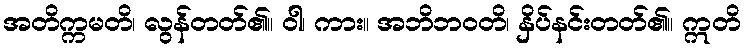
အတိက္ကမတိ၊ လွန်တတ်၏။ ဝါ၊ ကား။ အဘိဘဝတိ၊ နှိပ်နင်းတတ်၏။ ဣတိ